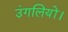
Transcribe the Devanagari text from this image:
उंगलियों।